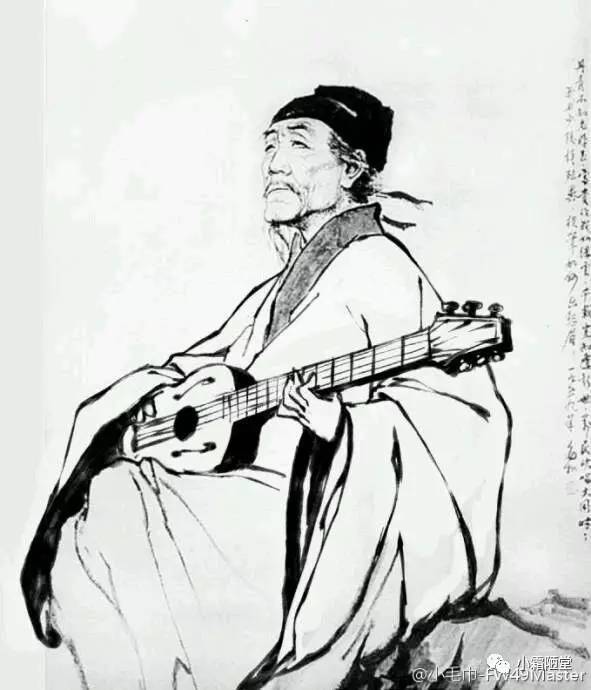
国者，天下之大器也，重任也。